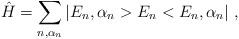
LaTeX: \begin{align*}\hat{H}=\sum_{n,\alpha_n}|E_n,\alpha_n>E_n<E_n,\alpha_n|\ ,\end{align*}